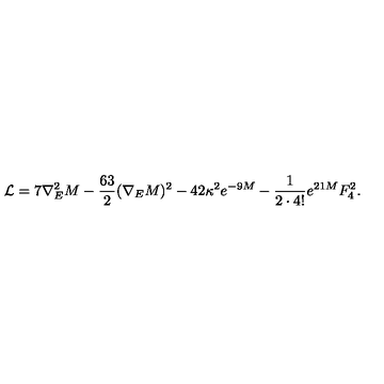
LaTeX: \mathcal { L } = 7 \nabla _ { E } ^ { 2 } M - \frac { 6 3 } { 2 } ( \nabla _ { E } M ) ^ { 2 } - 4 2 \kappa ^ { 2 } e ^ { - 9 M } - \frac { 1 } { 2 \cdot 4 ! } e ^ { 2 1 M } F _ { 4 } ^ { 2 } .